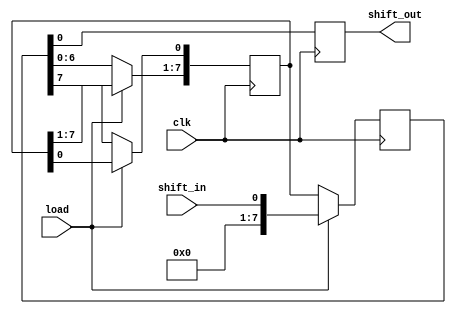
module shift_register (
    input clk,  // clock input
    input load, // load input
    input shift_in, // input data to be shifted in
    output reg shift_out // output data to be shifted out
);

reg [7:0] data; // 8-bit shift register data
reg [7:0] next_data; // next state of shift register data

always @(posedge clk) begin
    if (load) begin
        data <= shift_in; // load input data into shift register
    end else begin
        next_data[0] <= data[7]; // shift data through shift register
        next_data[1:7] <= data[0:6];
        data <= next_data;
    end
    shift_out = data[0]; // output shifted data
end

endmodule